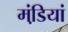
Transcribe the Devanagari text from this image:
मंडि़यां